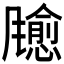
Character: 𫗃